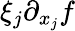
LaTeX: \xi_{j}\partial_{x_{j}}f